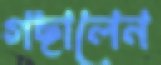
গছালেন